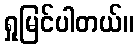
ရှုမြင်ပါတယ်။